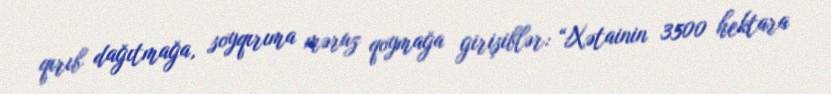
qırıb dağıtmağa, soyqırıma məruz qoymağa girişiblər: “Xətainin 3500 hektara